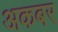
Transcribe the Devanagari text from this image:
अकबर